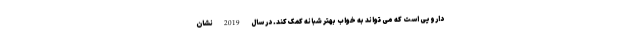
دارویی است که می تواند به خواب بهتر شبانه کمک کند. در سال 2019 نشان